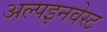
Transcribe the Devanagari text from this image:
अल्पइनवेस्ट